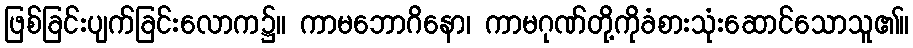
ဖြစ်ခြင်းပျက်ခြင်းလောက၌။ ကာမဘောဂိနော၊ ကာမဂုဏ်တို့ကိုခံစားသုံးဆောင်သောသူ၏။